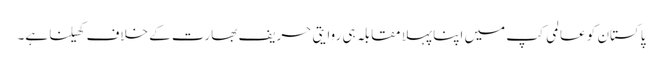
پاکستان کو عالمی کپ میں اپنا پہلا مقابلہ ہی روایتی حریف بھارت کے خلاف کھیلنا ہے۔